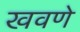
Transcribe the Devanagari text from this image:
खवणे